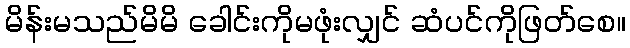
မိန်းမသည်မိမိ ခေါင်းကိုမဖုံးလျှင် ဆံပင်ကိုဖြတ်စေ။